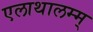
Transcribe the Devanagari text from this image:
एलाथालम्म्